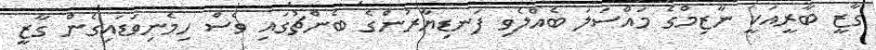
ގާޒީ ބާރީއަކީ ނާޒިމްގެ މައްސަލަ ބެއްލެވި ފަނޑިޔާރުންގެ ބެންޗުގައި ވެސް ހިމެނިވަޑައިގެން ގާޒީ